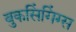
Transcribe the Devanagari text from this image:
बुकसिंगिंग्स